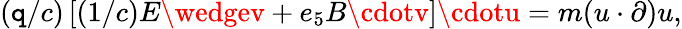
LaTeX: (\mathtt{q}/c)\left[(1/c)E\wedgev+e_{5}B\cdotv\right]\cdotu=m(u\cdot\partial)u,